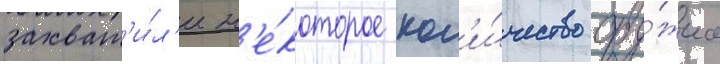
захват'и́л'и н'е́которое кол'и́чество ору́жиа